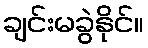
ချင်းမခွဲနိုင်။